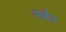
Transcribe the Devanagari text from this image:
लईत